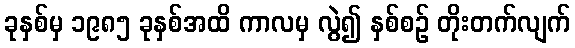
ခုနှစ်မှ ၁၉၈၅ ခုနှစ်အထိ ကာလမှ လွဲ၍ နှစ်စဉ် တိုးတက်လျက်